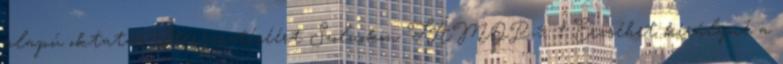
alapú oktatás elterjesztéséért Szolnokon TÁMOP-3. 1 Erzsébet királyné a